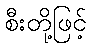
စီးတို့ဖြင့်